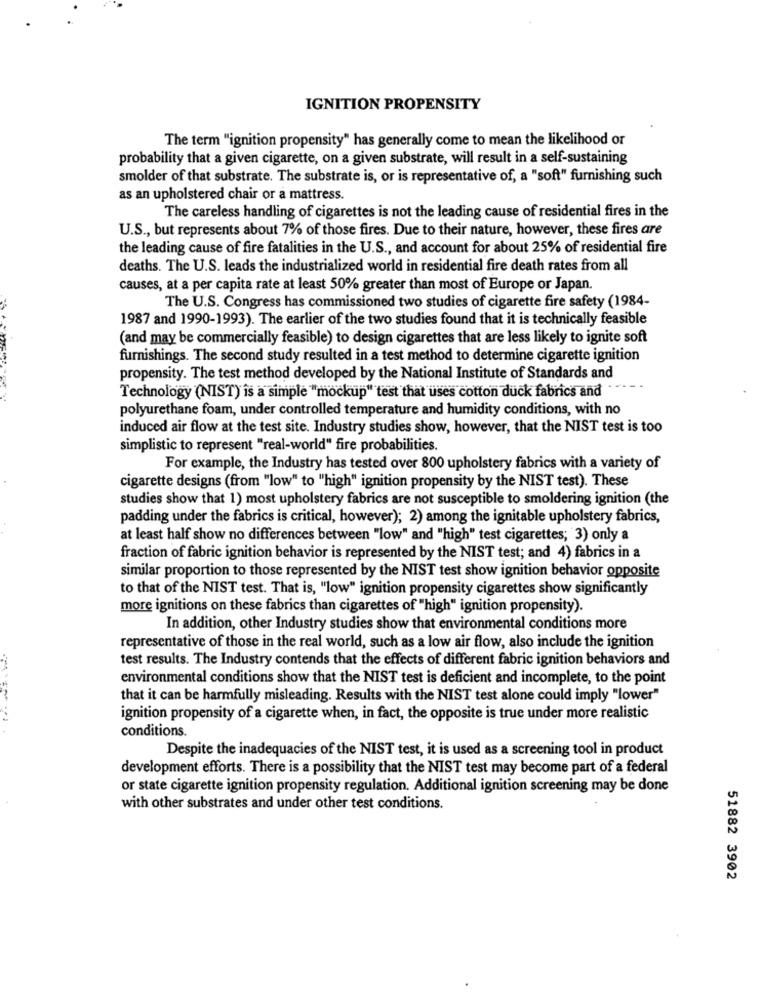
IGNITION PROPENSITY
The term "ignition propensity" has generally come to mean the likelihood or
probability that a given cigarette, on a given substrate, will result in a self-sustaining
smolder of that substrate. The substrate is, or is representative of, a "soft" furnishing such
as an upholstered chair or a mattress.
The careless handling of cigarettes is not the leading cause of residential fires in the
U.S ., but represents about 7% of those fires. Due to their nature, however, these fires are
the leading cause of fire fatalities in the U.S ., and account for about 25% of residential fire
deaths. The U.S. leads the industrialized world in residential fire death rates from all
causes, at a per capita rate at least 50% greater than most of Europe or Japan.
The U.S. Congress has commissioned two studies of cigarette fire safety (1984-
1987 and 1990-1993). The earlier of the two studies found that it is technically feasible
(and may be commercially feasible) to design cigarettes that are less likely to ignite soft
furnishings. The second study resulted in a test method to determine cigarette ignition
propensity. The test method developed by the National Institute of Standards and
Technology (NIST) is a simple "mockup" test that uses cotton duck fabrics and
polyurethane foam, under controlled temperature and humidity conditions, with no
induced air flow at the test site. Industry studies show, however, that the NIST test is too
simplistic to represent "real-world" fire probabilities.
For example, the Industry has tested over 800 upholstery fabrics with a variety of
cigarette designs (from "low" to "'high" ignition propensity by the NIST test). These
studies show that 1) most upholstery fabrics are not susceptible to smoldering ignition (the
padding under the fabrics is critical, however); 2) among the ignitable upholstery fabrics,
at least half show no differences between "low" and "high" test cigarettes; 3) only a
fraction of fabric ignition behavior is represented by the NIST test; and 4) fabrics in a
similar proportion to those represented by the NIST test show ignition behavior opposite
to that of the NIST test. That is, "low" ignition propensity cigarettes show significantly
more ignitions on these fabrics than cigarettes of "high" ignition propensity).
In addition, other Industry studies show that environmental conditions more
representative of those in the real world, such as a low air flow, also include the ignition
test results. The Industry contends that the effects of different fabric ignition behaviors and
environmental conditions show that the NIST test is deficient and incomplete, to the point
that it can be harmfully misleading. Results with the NIST test alone could imply "lower"
ignition propensity of a cigarette when, in fact, the opposite is true under more realistic
conditions.
Despite the inadequacies of the NIST test, it is used as a screening tool in product
development efforts. There is a possibility that the NIST test may become part of a federal
or state cigarette ignition propensity regulation. Additional ignition screening may be done
with other substrates and under other test conditions.
51882 3902